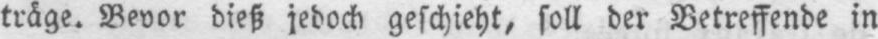
träge. Bevor dieß jedoch geschieht, soll der Betreffende in